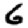
Digit: 6